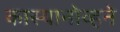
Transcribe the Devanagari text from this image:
कास्यानोव्हने